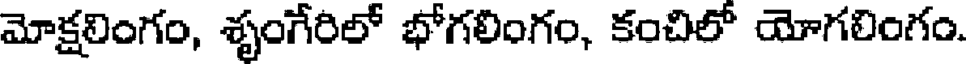
మోక్షలింగం, శృంగేరిలో భోగలింగం, కంచిలో యోగలింగం.